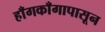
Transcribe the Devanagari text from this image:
हाँगकाँगापासून